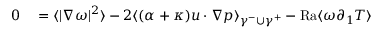
\begin{array} { r l } { 0 } & { { } = \langle | \nabla \omega | ^ { 2 } \rangle - 2 \langle ( \alpha + \kappa ) u \cdot \nabla p \rangle _ { \gamma ^ { - } \cup \gamma ^ { + } } - \mathrm { { R a } } \langle \omega \partial _ { 1 } T \rangle } \end{array}